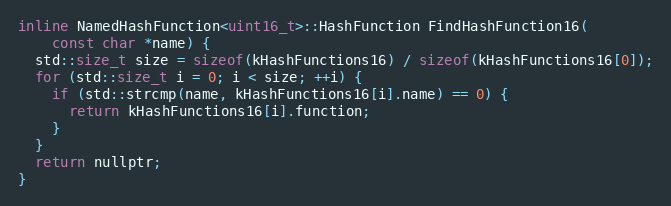
Language: C
inline NamedHashFunction<uint16_t>::HashFunction FindHashFunction16(
    const char *name) {
  std::size_t size = sizeof(kHashFunctions16) / sizeof(kHashFunctions16[0]);
  for (std::size_t i = 0; i < size; ++i) {
    if (std::strcmp(name, kHashFunctions16[i].name) == 0) {
      return kHashFunctions16[i].function;
    }
  }
  return nullptr;
}